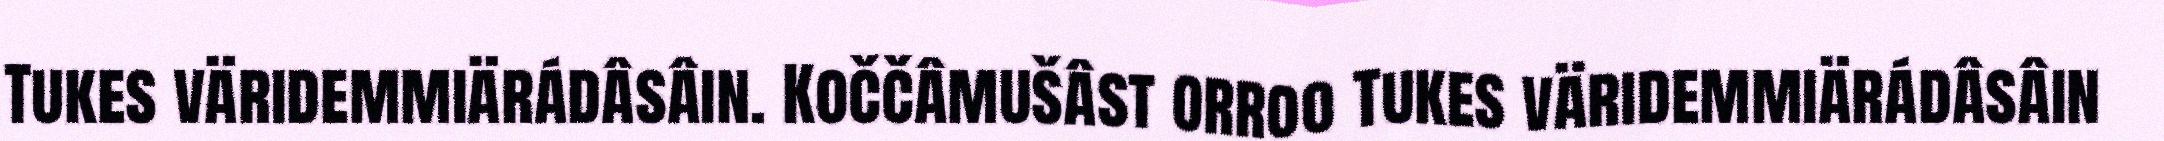
Tukes väridemmiärádâsâin. Koččâmušâst orroo Tukes väridemmiärádâsâin